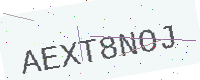
Text: AEXT8NOJ